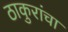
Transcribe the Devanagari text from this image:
ठाकुरांचा